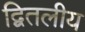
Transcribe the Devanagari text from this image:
द्वितलीय